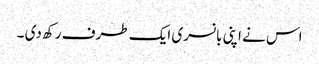
اس نے اپنی بانسری ایک طرف رکھ دی ۔